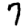
Digit: 7